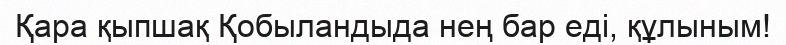
Қара қыпшақ Қобыландыда нең бар еді, құлыным!